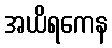
အယိရကေန